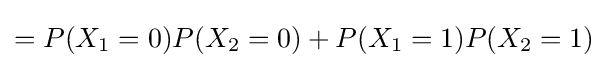
=P(X_{1}=0)P(X_{2}=0)+P(X_{1}=1)P(X_{2}=1)